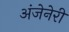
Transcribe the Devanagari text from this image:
अंजेनेरी